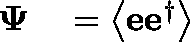
\begin{array} { r l } { \mathbf { \Psi } } & { { } = \left\langle \mathbf { e } \mathbf { e } ^ { \dagger } \right\rangle } \end{array}